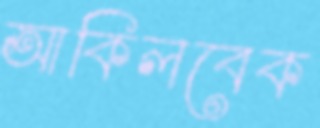
আকিলবেক